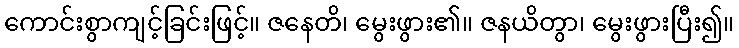
ကောင်းစွာကျင့်ခြင်းဖြင့်။ ဇနေတိ၊ မွေးဖွား၏။ ဇနယိတွာ၊ မွေးဖွားပြီး၍။